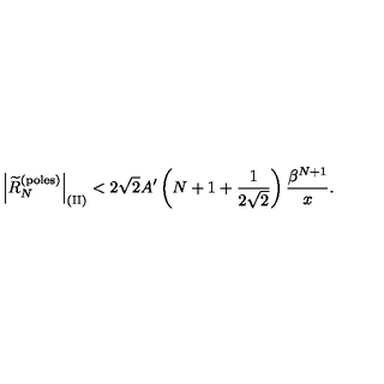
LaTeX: \left| \widetilde R _ { N } ^ { \mathrm { ( p o l e s ) } } \right| _ { \mathrm { ( I I ) } } < 2 \sqrt { 2 } A ^ { \prime } \left( N + 1 + { \frac { 1 } { 2 \sqrt { 2 } } } \right) { \frac { \beta ^ { N + 1 } } { x } } .